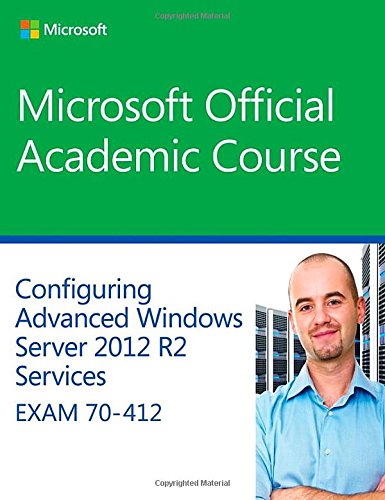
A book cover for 70-412 Configuring Advanced Windows Server 2012 Services R2 (Microsoft Official Academic Course Series); Microsoft Official Academic Course; Computers & Technology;